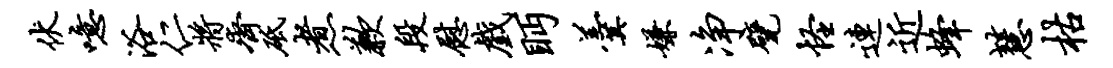
伏噫浴仁将齐砥煮歉段慰戏眄羹嫌净甓怪连近蜂慧枯